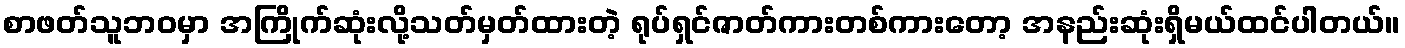
စာဖတ်သူဘဝမှာ အကြိုက်ဆုံးလို့သတ်မှတ်ထားတဲ့ ရုပ်ရှင်ဇာတ်ကားတစ်ကားတော့ အနည်းဆုံးရှိမယ်ထင်ပါတယ်။